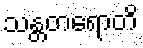
သန္တတရောတိ